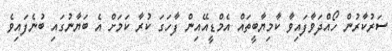
ސަރުކާރުން ހޯއްދަވާފައިވާ ކާމިޔާބީތައް އެމްޑީއޭއިން ފާހަގަ ކުރާ ކަމަށް އެ ބަޔާނުގައި ބުނެފައިވެ